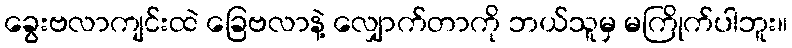
ခွေးဗလာကျင်းထဲ ခြေဗလာနဲ့ လျှောက်တာကို ဘယ်သူမှ မကြိုက်ပါဘူး။